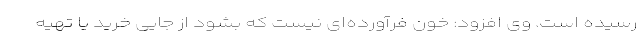
رسیده است. وی افزود: خون فرآورده‌ای نیست که بشود از جایی خرید یا تهیه